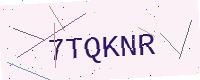
Text: 7TQKNR